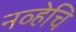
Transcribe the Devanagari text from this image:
नव्हेचि